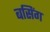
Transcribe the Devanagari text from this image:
बसिंग